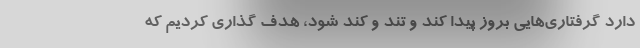
دارد گرفتاری‌هایی بروز پیدا کند و تند و کند شود، هدف گذاری کردیم که